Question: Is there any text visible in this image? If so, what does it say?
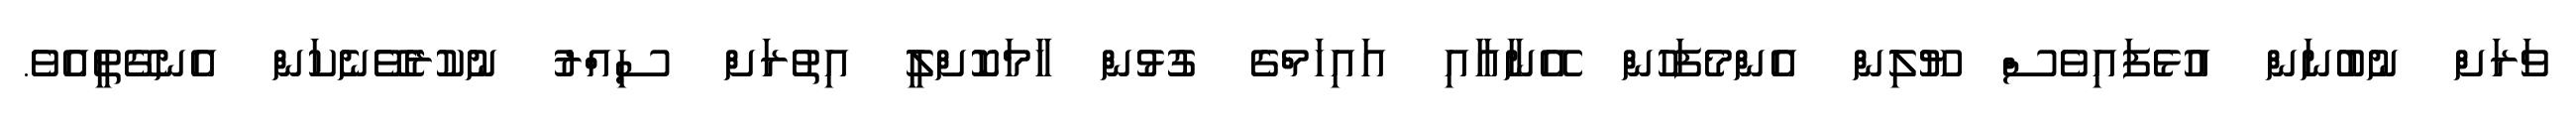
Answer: ވަރަށް ނުބުނަން އުޅެފައިވެސް ޔޫލިން އެންމެފަހުން އޭނާއާއި އައިހަމްގެ ގުޅުން ހާމަކޮށްލީ އިތުރަށް ސިއްރު ނުކުރެވޭނެކަން އެނގޭތީއެވެ.